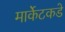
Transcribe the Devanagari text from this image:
मार्केटकडे